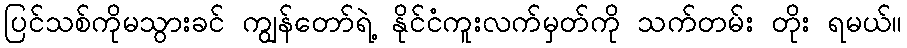
ပြင်သစ်ကိုမသွားခင် ကျွန်တော်ရဲ့ နိုင်ငံကူးလက်မှတ်ကို သက်တမ်း တိုး ရမယ်။